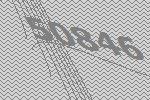
50846